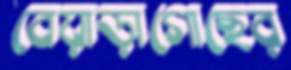
বেয়াড়াগোছের